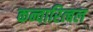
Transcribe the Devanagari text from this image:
कन्वारित्बल